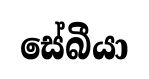
සේබීයා